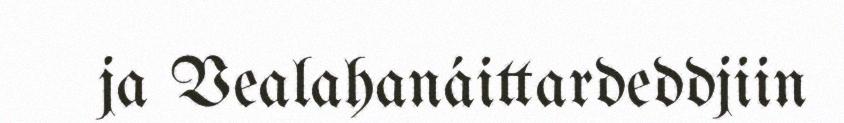
ja Vealahanáittardeddjiin